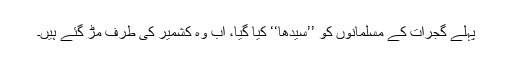
پہلے گجرات کے مسلمانوں کو ’’سیدھا‘‘ کیا گیا، اب وہ کشمیر کی طرف مڑ گئے ہیں۔